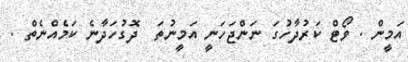
އަމީން . ވޯޓް ކަރުދާހުގަ ނަންޖަހަނީ އަމީނުތަ  ދޮގުހަދާނެ ކަމެއްނެތް .